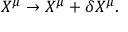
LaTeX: X ^ { \mu } \rightarrow X ^ { \mu } + \delta X ^ { \mu } .